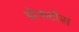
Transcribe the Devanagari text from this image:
डोनाटोस